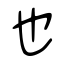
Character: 也